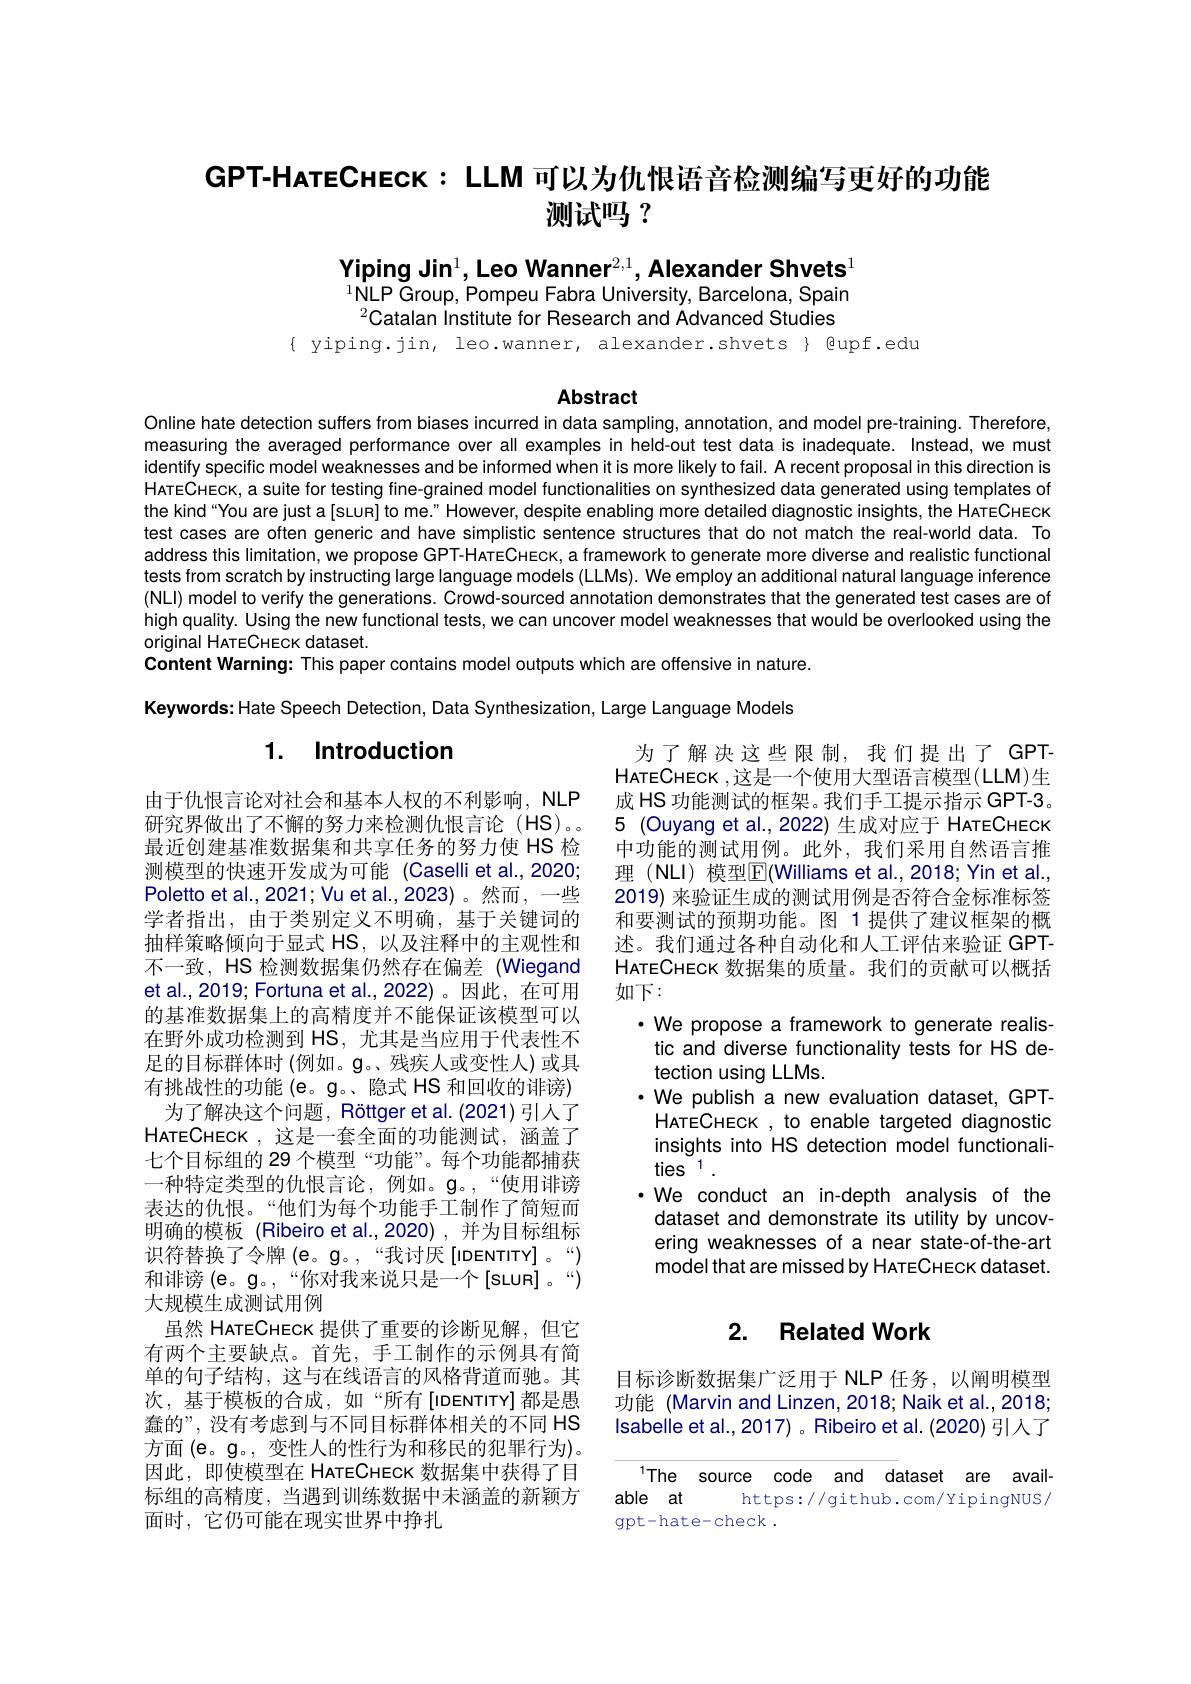
# GPT-HATECHECK: LLM 可以为仇恨语音检测编写更好的功能测试吗？

Yiping Jin$^1$,Leo Wanner$^2,1$,Alexander Shvets$^1$ $^{1}$NLP Group, Pompeu Fabra University, Barcelona, Spain

Catalan institute for Research and Advanced Studies
{ yiping.jin, leo.wanner, alexander.shvets} { @upf.edu

## Abstract

Online hate detection suffers from biases incurred in data sampling, annotation, and model pre-training. Therefore, measuring the averaged performance over all examples in held-out test data is inadequate. Instead, we must identify specific model weaknesses and be informed when it is more likely to fail. A recent proposal in this direction is HareCHeck, a suite for testing fine-grained model functionalities on synthesized data generated using templates of the kind“You are just a[sLuR] to me.” However, despite enabling more detailed diagnostic insights, the HareCHEcK test cases are often generic and have simplistic sentence structures that do not match the real-world data. To address this limitation, we propose GPT-HateCHEck, a framework to generate more diverse and realistic functional tests from scratch by instructing large language models (LLMs). We employ an additional natural language inference (NLl) model to verify the generations. Crowd-sourced annotation demonstrates that the generated test cases are of high quality. Using the new functional tests, we can uncover model weaknesses that would be overlooked using the original HATECHECK dataset.
Content Warning: This paper contains model outputs which are offensive in nature.

Keywords: Hate Speech Detection, Data Synthesization, Large Language Models

## 1. Introduction

为了解决这些限制，我们提出了GPTHATECHECK ,这是一个使用大型语言模型(LLM)生成 HS 功能测试的框架。我们手工提示指示 GPT-3。5 (Ouyang et al.,2022) 生成对应于 HATECHECK 中功能的测试用例。此外，我们采用自然语言推理 (NLI) 模型$\boxed{\mathrm{F}}($Williams et al.,2018;Yin et al., 2019) 来验证生成的测试用例是否符合金标准标签和要测试的预期功能。图 1 提供了建议框架的概述。我们通过各种自动化和人工评估来验证 GPTHATECHECK 数据集的质量。我们的贡献可以概括如下：
·We propose a framework to generate realis-
tic and diverse functionality tests for HS de-
tection using LLMs
$\cdot$ We publish a new evaluation dataset, GPTHATECHECK , to enable targeted diagnostic insights into HS detection model functionalities $^{1}.$
· We conduct an in-depth analysis of the dataset and demonstrate its utility by uncovering weaknesses of a near state-of-the-art model that are missed by HATECHEck dataset.

由于仇恨言论对社会和基本人权的不利影响，NLP 研究界做出了不懈的努力来检测仇恨言论(HS)。最近创建基准数据集和共享任务的努力使 HS 检测模型的快速开发成为可能 (Caselli et al.,2020; Poletto et al., 2021; Vu et al., 2023) 。然而，一些学者指出，由于类别定义不明确，基于关键词的抽样策略倾向于显式 HS, 以及注释中的主观性和不一致，HS 检测数据集仍然存在偏差 (Wiegand et al., 2019; Fortuna et al., 2022)。因此，在可用的基准数据集上的高精度并不能保证该模型可以在野外成功检测到 HS, 尤其是当应用于代表性不足的目标群体时 (例如。$\mathfrak{g}$。残疾人或变性人)或具有挑战性的功能 (e。g。、隐式 HS 和回收的诽谤)
为了解决这个问题，Röttger et al.(2021) 引人了HATECHECK ,这是一套全面的功能测试，涵盖了七个目标组的 29 个模型 “功能”。每个功能都捕获一种特定类型的仇恨言论，例如。$\mathbf{g}$。“使用诽谤表达的仇恨。“他们为每个功能手工制作了简短而明确的模板 (Ribeiro et al.,2020) ,并为目标组标识符替换了令牌(e。g。,“我讨厌[iDENTiTY]。“) 和诽谤$(\mathbf{e}$。g。,“你对我来说只是一个[sLUR]。“) 大规模生成测试用例
虽然 HATECHECK 提供了重要的诊断见解，但它有两个主要缺点。首先，手工制作的示例具有简单的句子结构，这与在线语言的风格背道而驰。其次，基于模板的合成，如“所有[IDENTITY]都是愚蠢的”,没有考虑到与不同目标群体相关的不同 HS 方面 (e。g。, 变性人的性行为和移民的犯罪行为)。因此，即使模型在 HATECHECK 数据集中获得了目标组的高精度，当遇到训练数据中未涵盖的新颖方面时，它仍可能在现实世界中挣扎

## 2. Related Work

目标诊断数据集广泛用于 NLP 任务，以阐明模型功能 (Marvin and Linzen, 2018; Naik et al., 2018; Isabelle et al., 2017) 。Ribeiro et al. (2020) 引入了

The source code and dataset are avail-
able at
https://github.com/YipingNUS/
gpt-hate-check.